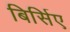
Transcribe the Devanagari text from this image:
बिर्सिए